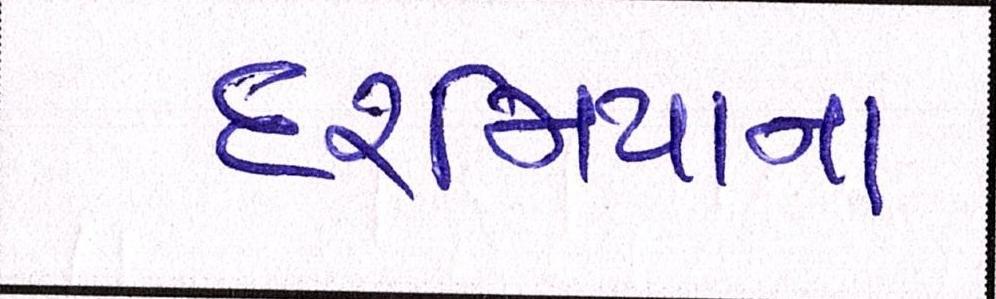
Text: દરમિયાન